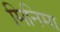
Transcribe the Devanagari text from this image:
मिनिमा